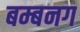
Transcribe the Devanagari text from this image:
बम्बनग